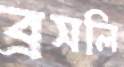
ব্রসলি